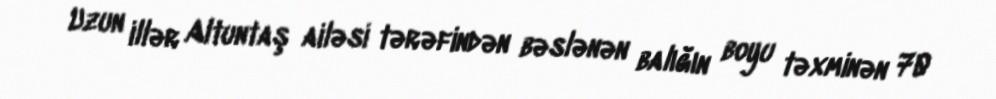
Uzun illər Altuntaş ailəsi tərəfindən bəslənən balığın boyu təxminən 70